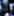
قد